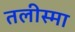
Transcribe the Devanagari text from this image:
तलीस्‍मा